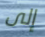
إلى